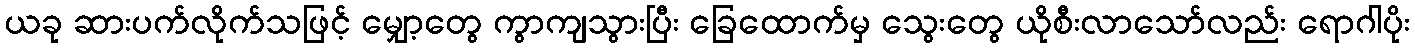
ယခု ဆားပက်လိုက်သဖြင့် မျှော့တွေ ကွာကျသွားပြီး ခြေထောက်မှ သွေးတွေ ယိုစီးလာသော်လည်း ရောဂါပိုး